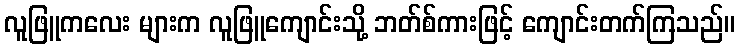
လူဖြူကလေး များက လူဖြူကျောင်းသို့ ဘတ်စ်ကားဖြင့် ကျောင်းတက်ကြသည်။